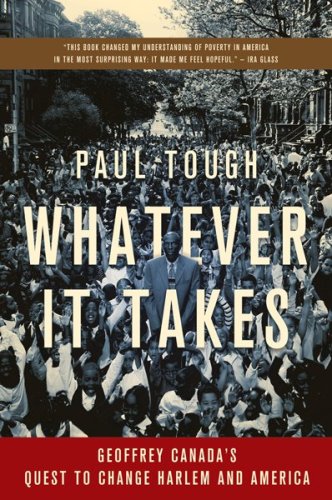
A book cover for Whatever It Takes: Geoffrey Canada's Quest to Change Harlem and America; Paul Tough; Biographies & Memoirs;